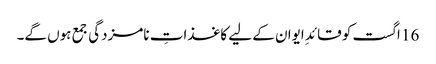
16 اگست کو قائدِ ایوان کے لیے کاغذاتِ نامزدگی جمع ہوں گے۔